Annual report of the Punjab Veterinary College and of the Civil Veterinary Department, Punjab - 1920-1925
Year: 1920
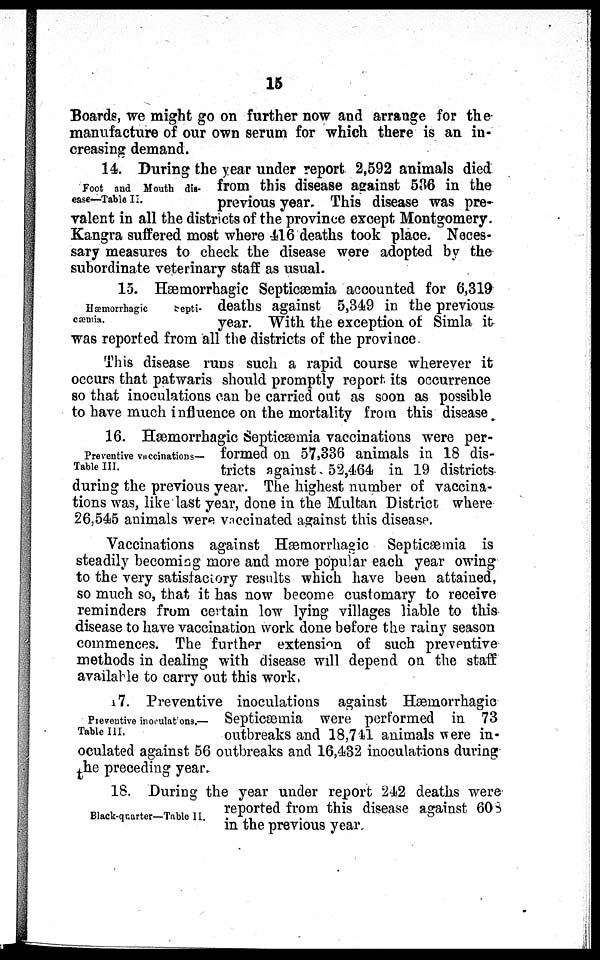
15
Boards, we might go on further now and arrange for the
manufacture of our own serum for which there is an in-
creasing demand.
Foot and Mouth dis-
ease—Table II.
14. During the year under report 2,592 animals died
from this disease against 536 in the
previous year. This disease was pre-
valent in all the districts of the province except Montgomery.
Kangra suffered most where 416 deaths took place. Neces-
sary measures to check the disease were adopted by the
subordinate veterinary staff as usual.
Hæmorrhagic
Septi¬
cæmia.
15. Hæmorrhagic Septicæmia accounted for 6,319
deaths against 5,349 in the previous
year. With the exception of Simla it
was reported from all the districts of the province
This disease runs such a rapid course wherever it
occurs that patwaris should promptly report its occurrence
so that inoculations can be carried out as soon as possible
to have much influence on the mortality from this disease
Preventive vaccinations—
Table III.
16. Hæmorrhagic Septicæmia vaccinations were per-
formed on 57,336 animals in 18 dis-
tricts against 52,464 in 19 districts
during the previous year. The highest number of vaccina-
tions was, like last year, done in the Multan District where
26,545 animals were vaccinated against this disease.
Vaccinations against Hæmorrhagic Septicæmia is
steadily becoming more and more popular each year owing
to the very satisfactory results which have been attained,
so much so, that it has now become customary to receive
reminders from certain low lying villages liable to this
disease to have vaccination work done before the rainy season
commences. The further extension of such preventive
methods in dealing with disease will depend on the staff
available to carry out this work.
Preventive inoculations.—
Table III.
17. Preventive inoculations against Hæmorrhagic
Septicæmia were performed in 73
outbreaks and 18,741 animals were in-
oculated against 56 outbreaks and 16,432 inoculations during
the preceding year.
Black-quarter—Table II.
18. During the year under report 242 deaths were
reported from this disease against 608
in the previous year.